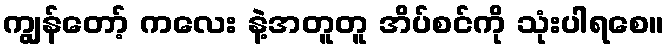
ကျွန်တော့် ကလေး နဲ့အတူတူ အိပ်စင်ကို သုံးပါရစေ။